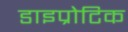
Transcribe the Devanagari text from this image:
डाइप्रोटिक